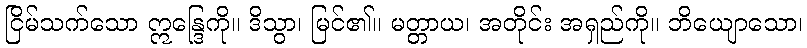
ငြိမ်သက်သော ဣန္ဒြေကို။ ဒိသွာ၊ မြင်၏။ မတ္တာယ၊ အတိုင်း အရှည်ကို။ ဘိယျောသော၊